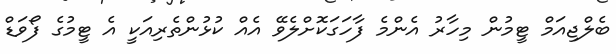
ބެލްޖިއަމް ޓީމުން މިހާރު އެންމެ ފާހަގަކޮށްލެވޭ އެއް ކުޅުންތެރިއަކީ އެ ޓީމުގެ ފޯވަޑް